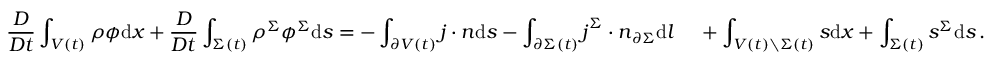
\frac { D } { D t } \int _ { V ( t ) } \rho \phi \mathrm { d } \boldsymbol { x } + \frac { D } { D t } \int _ { \Sigma ( t ) } \rho ^ { \Sigma } \phi ^ { \Sigma } \mathrm { d } s = - \int _ { \partial V ( t ) } \boldsymbol { j } \cdot \boldsymbol { n } \mathrm { d } s - \int _ { \partial \Sigma ( t ) } \boldsymbol { j } ^ { \Sigma } \cdot \boldsymbol { n } _ { \partial \Sigma } \mathrm { d } l \quad \, + \int _ { V ( t ) \setminus \Sigma ( t ) } s \mathrm { d } \boldsymbol { x } + \int _ { \Sigma ( t ) } s ^ { \Sigma } \mathrm { d } s \, .